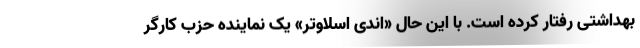
بهداشتی رفتار کرده است. با این حال «اندی اسلاوتر» یک نماینده حزب کارگر